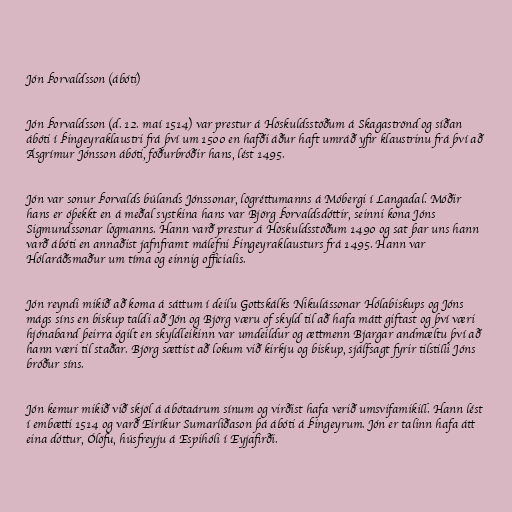
Jón Þorvaldsson (ábóti)

Jón Þorvaldsson (d. 12. maí 1514) var prestur á Höskuldsstöðum á Skagaströnd og síðan
ábóti í Þingeyraklaustri frá því um 1500 en hafði áður haft umráð yfir klaustrinu frá því að
Ásgrímur Jónsson ábóti, föðurbróðir hans, lést 1495.

Jón var sonur Þorvalds búlands Jónssonar, lögréttumanns á Móbergi í Langadal. Móðir
hans er óþekkt en á meðal systkina hans var Björg Þorvaldsdóttir, seinni kona Jóns
Sigmundssonar lögmanns. Hann varð prestur á Höskuldsstöðum 1490 og sat þar uns hann
varð ábóti en annaðist jafnframt málefni Þingeyraklausturs frá 1495. Hann var
Hólaráðsmaður um tíma og einnig officialis.

Jón reyndi mikið að koma á sáttum í deilu Gottskálks Nikulássonar Hólabiskups og Jóns
mágs síns en biskup taldi að Jón og Björg væru of skyld til að hafa mátt giftast og því væri
hjónaband þeirra ógilt en skyldleikinn var umdeildur og ættmenn Bjargar andmæltu því að
hann væri til staðar. Björg sættist að lokum við kirkju og biskup, sjálfsagt fyrir tilstilli Jóns
bróður síns.

Jón kemur mikið við skjöl á ábótaárum sínum og virðist hafa verið umsvifamikill. Hann lést
í embætti 1514 og varð Eiríkur Sumarliðason þá ábóti á Þingeyrum. Jón er talinn hafa átt
eina dóttur, Ólöfu, húsfreyju á Espihóli í Eyjafirði.